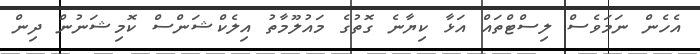
އެހެން ނަމަވެސް ލިސްޓްތައް އަޅާ ކިޔާނެ ގޮތުގެ މައުލޫމާތު އިލެކްޝަންސް ކޮމިޝަނުން ދިން